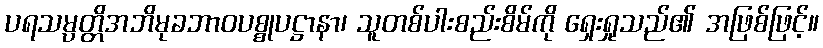
ပရသမ္ပတ္တိအဘိမုခဘာဝပစ္စုပဋ္ဌာနာ၊ သူတစ်ပါးစည်းစိမ်ကို ရှေးရှုသည်၏ အဖြစ်ဖြင့်။